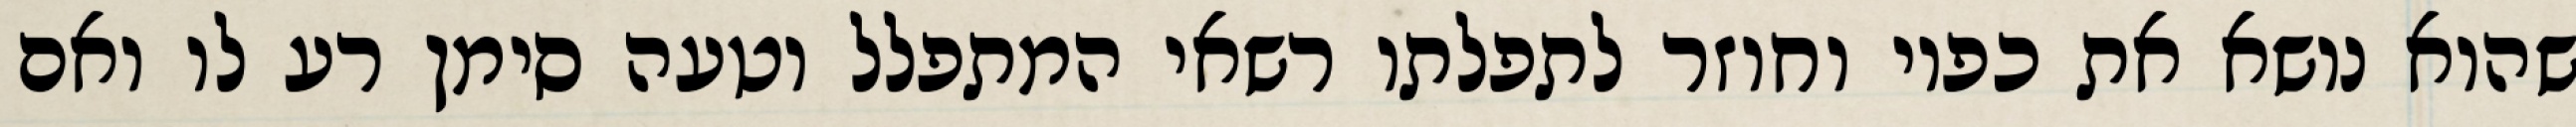
שהוא נושא את כפיו וחוזר לתפלתו רשאי המתפלל וטעה סימן רע לו ואם